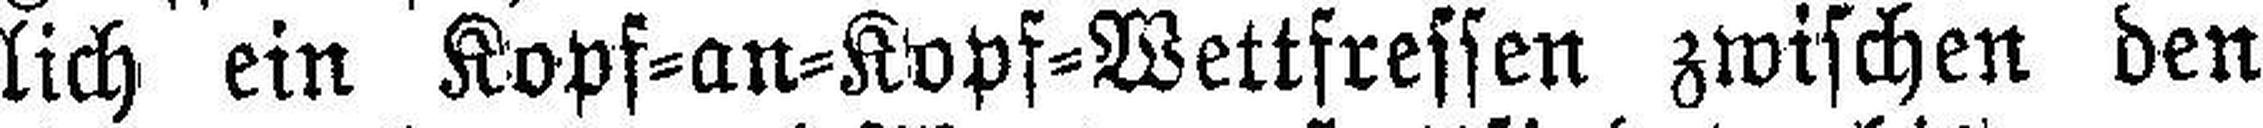
lich ein Kopf=an=Kopf=Wettfressen zwischen den